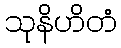
သုနိဟိတံ